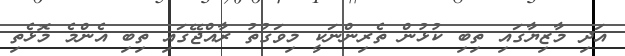
އަދި މާޒިޔާގައި ތިބި ކުޅުން ތެރިންނަކީ މިވަގުތު ރާއްޖޭގައި ތިބި އެންމެ މޮޅެތި